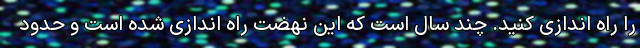
را راه اندازی کنید. چند سال است که این نهضت راه اندازی شده است و حدود